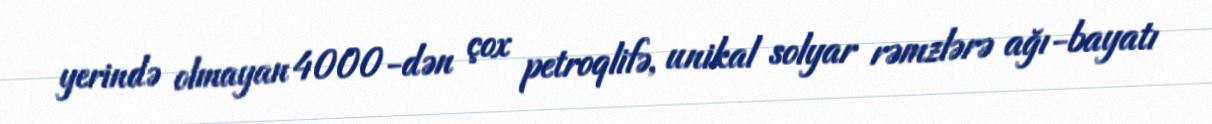
yerində olmayan 4000-dən çox petroqlifə, unikal solyar rəmzlərə ağı-bayatı